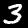
Label: 3